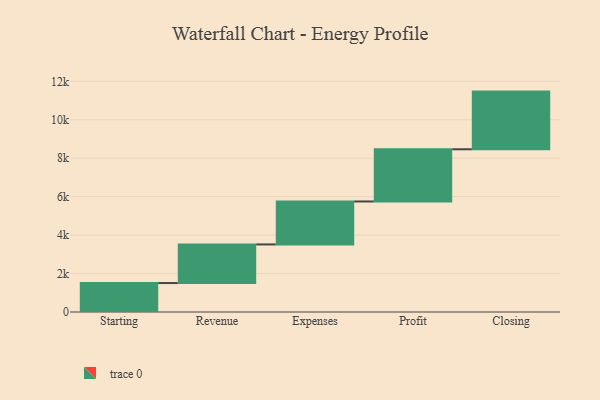
{"axis": {"x": "Step", "y": "Value"}, "legend": [""], "data": [{"x": "Starting", "y": 1506.0, "type": ""}, {"x": "Revenue", "y": 2009.0, "type": ""}, {"x": "Expenses", "y": 2235.0, "type": ""}, {"x": "Profit", "y": 2716.0, "type": ""}, {"x": "Closing", "y": 3000, "type": ""}]}